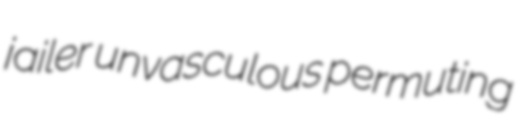
jailer unvasculous permuting